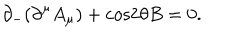
LaTeX: { \partial } _ { - } ( { \partial } ^ { \mu } A _ { \mu } ) + \mathrm { c o s } 2 { \theta } B = 0 .